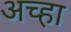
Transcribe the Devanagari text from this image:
अच्हा